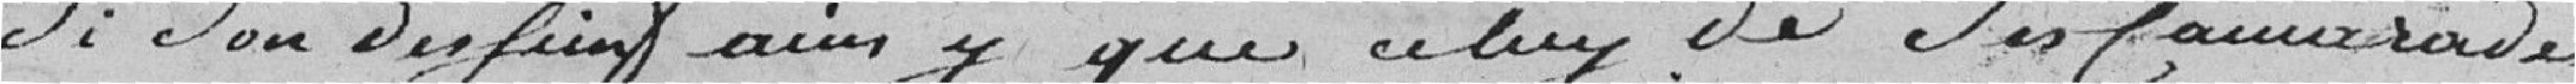
si son dessein ainsi que celui de ses camarades